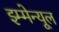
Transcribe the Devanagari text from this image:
इम्मेन्यूल